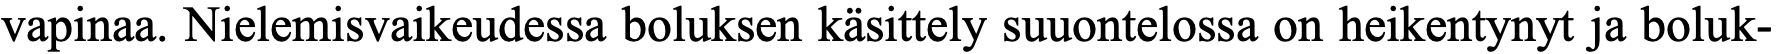
vapinaa. Nielemisvaikeudessa boluksen käsittely suuontelossa on heikentynyt ja boluk-